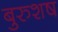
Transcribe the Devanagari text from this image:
बुरुशष